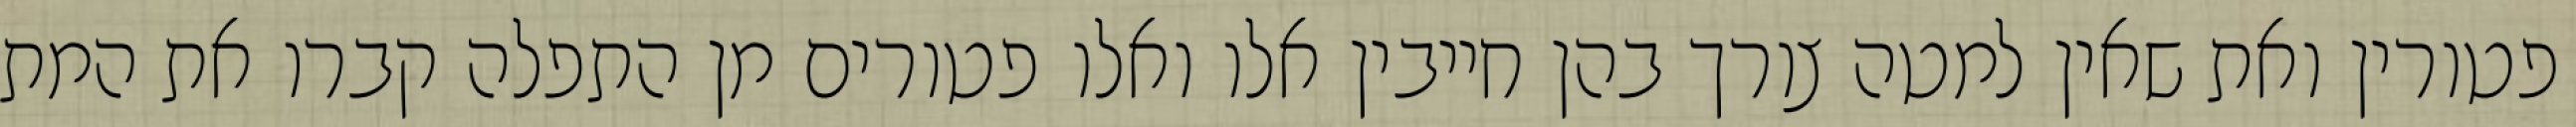
פטורין ואת שאין למטה צורך בהן חייבין אלו ואלו פטורים מן התפלה קברו את המת